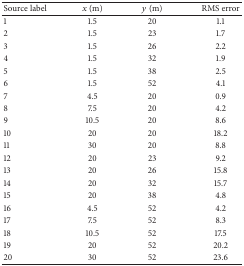
| Source label | x (m) | y (m) | RMS error |
 | --- | --- | --- | --- |
 | 1 | 1.5 | 20 | 1.1 |
 | 2 | 1.5 | 23 | 1.7 |
 | 3 | 1.5 | 26 | 2.2 |
 | 4 | 1.5 | 32 | 1.9 |
 | 5 | 1.5 | 38 | 2.5 |
 | 6 | 1.5 | 52 | 4.1 |
 | 7 | 4.5 | 20 | 0.9 |
 | 8 | 7.5 | 20 | 4.2 |
 | 9 | 10.5 | 20 | 8.6 |
 | 10 | 20 | 20 | 18.2 |
 | 11 | 30 | 20 | 8.8 |
 | 12 | 20 | 23 | 9.2 |
 | 13 | 20 | 26 | 15.8 |
 | 14 | 20 | 32 | 15.7 |
 | 15 | 20 | 38 | 4.8 |
 | 16 | 4.5 | 52 | 4.2 |
 | 17 | 7.5 | 52 | 8.3 |
 | 18 | 10.5 | 52 | 17.5 |
 | 19 | 20 | 52 | 20.2 |
 | 20 | 30 | 52 | 23.6 |